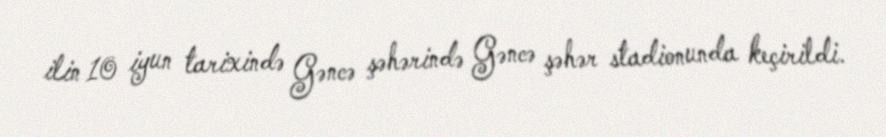
ilin 10 iyun tarixində Gəncə şəhərində Gəncə şəhər stadionunda keçirildi.